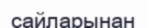
сайларынан